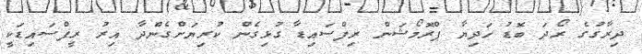
ދިރާގުގެ ރޯދަ ބޮޑު ހަދިޔާ ޕްރޮމޯޝަން ރިފްސައިޑާ ގުޅިގެން ކުރިޔަށްގެންދާ އިރު ރީފްސައިޑަކީ